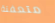
متعفنة